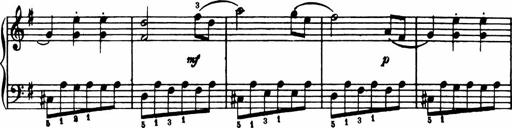
Title: Analytical Sonatinas
Composer: Frank Lynes